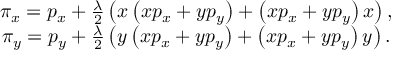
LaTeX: \begin{array} { c } { { \pi _ { x } = p _ { x } + \frac { \lambda } { 2 } \left( x \left( x p _ { x } + y p _ { y } \right) + \left( x p _ { x } + y p _ { y } \right) x \right) , } } \\ { { \pi _ { y } = p _ { y } + \frac { \lambda } { 2 } \left( y \left( x p _ { x } + y p _ { y } \right) + \left( x p _ { x } + y p _ { y } \right) y \right) . } } \end{array}